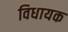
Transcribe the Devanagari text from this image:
विधायक